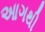
આગથી